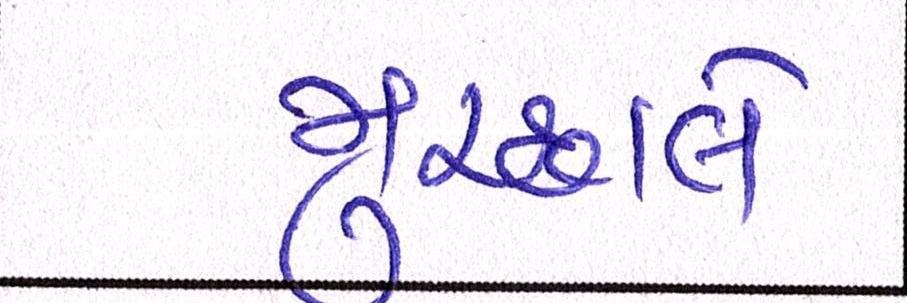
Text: મુચ્છાલે